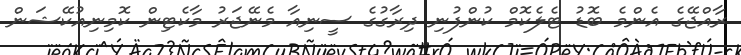
ރާއްޖޭގެ އެންމެ ބޮޑު ޓެލެކޮމް ކުންފުނި ދިރާގުގެ ސީނިއާ މެނޭޖަރު މާކެޓިން ކޮމިނިއުކޭޝަން